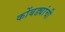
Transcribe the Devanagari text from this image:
कोंबड्यांची